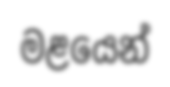
මළයෙන්